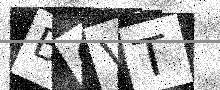
Text: B6VT